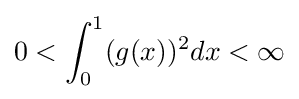
0<\int _{0}^{1}(g(x))^{2}dx<\infty